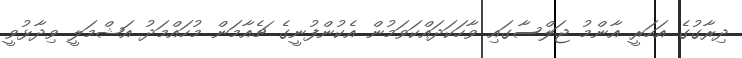
ދިރާގުގެ އަހަރީ އާންމު ޖަލްސާގައި ވާހަކަދައްކަވަމުން އެކުންފުނީގެ ޗެއާމަން މުހައްމަދު އަޝްމަލީ ވިދާޅުވީ